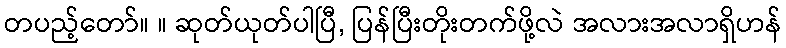
တပည့်တော်။ ။ ဆုတ်ယုတ်ပါပြီ, ပြန်ပြီးတိုးတက်ဖို့လဲ အလားအလာရှိဟန်